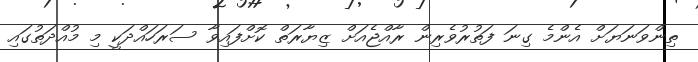
ތިންވަނަޔަށް އެންމެ ގިނަ ފަތުރުވެރިން ރާއްޖެއަށް ޒިޔާރަތް ކޮށްފައިވާ ސަރަހައްދަކީ މި މުއްދަތުގައި